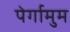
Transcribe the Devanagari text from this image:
पेर्गामुम